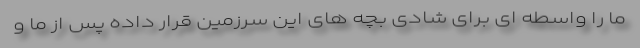
ما را واسطه ای برای شادی بچه های این سرزمین قرار داده پس از ما و